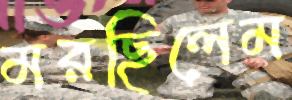
মরছিলেম